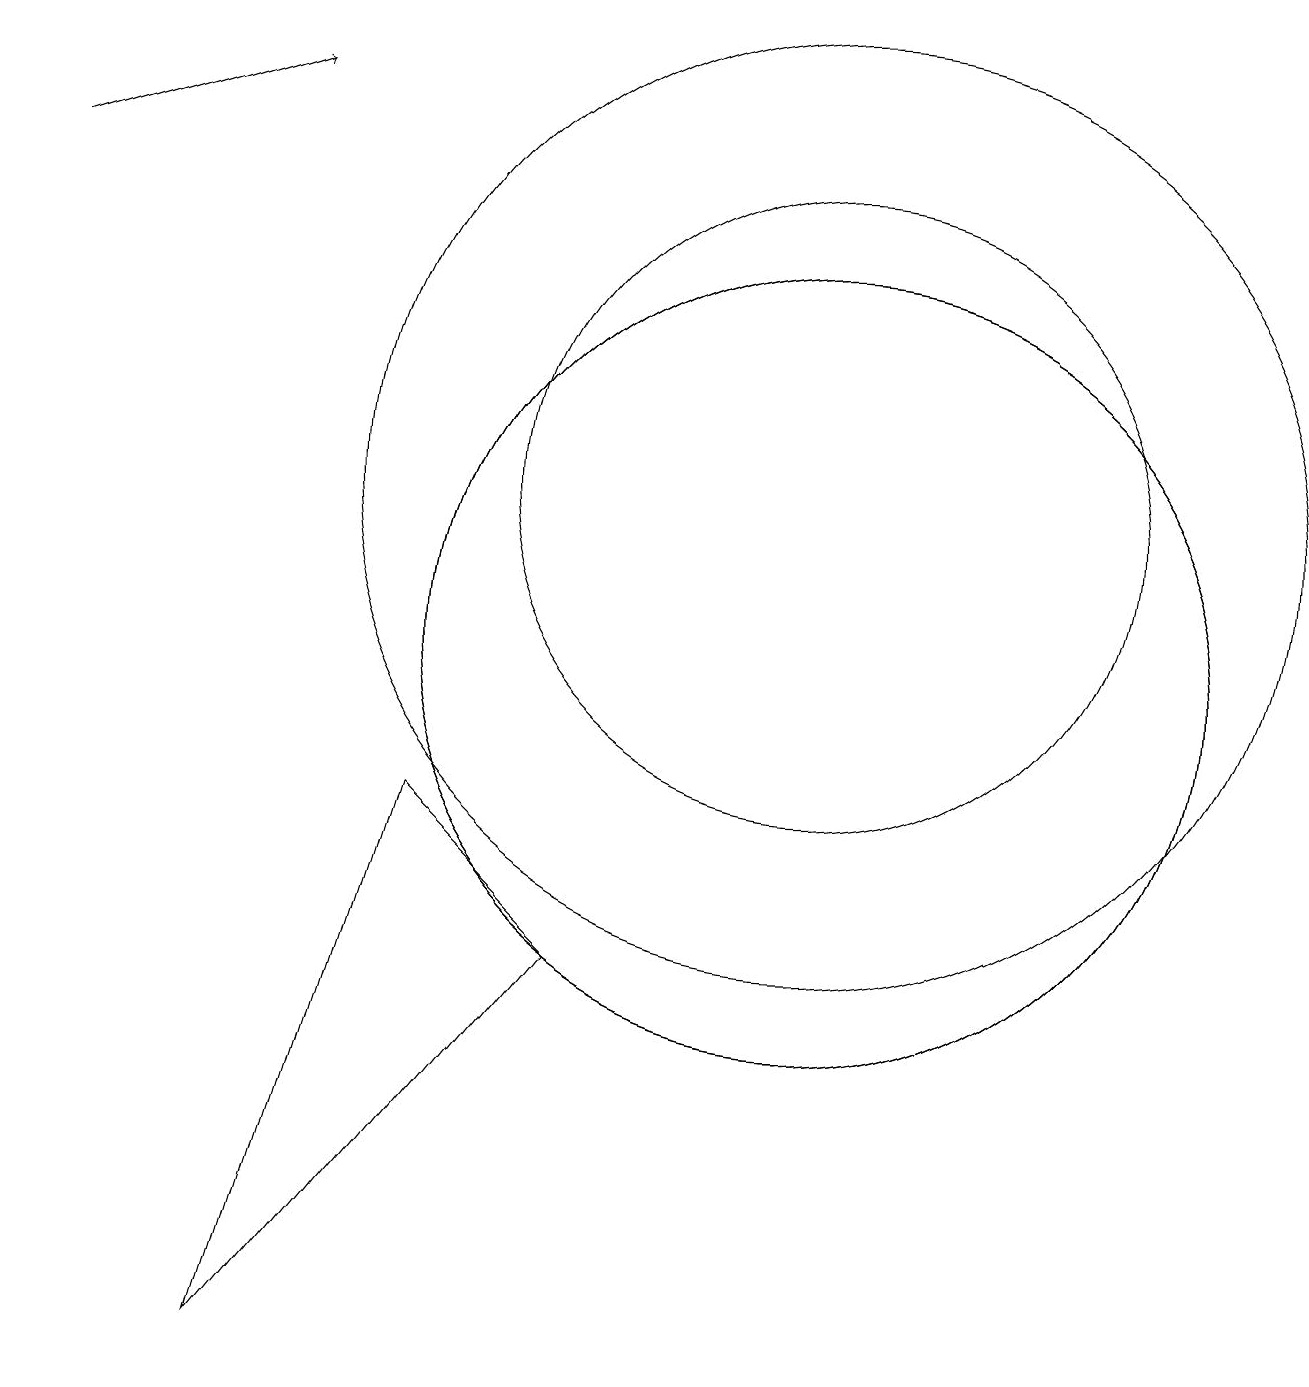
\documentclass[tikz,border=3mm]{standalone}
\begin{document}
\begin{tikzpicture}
\draw (10,12) circle (4);
\draw (5,8) -- (3,1) -- (7,6) -- cycle;
\draw (10,12) circle (6);
\draw (10,10) circle (5);
\draw[->] (0,16) -- (3,17);
\draw (10,10) circle (5);
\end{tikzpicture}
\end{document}